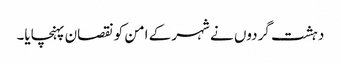
دہشت گردوں نے شہر کے امن کو نقصان پہنچایا۔